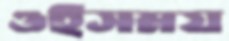
ওইসময়